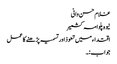
غلام حسن وانی
نیوہ پلوامہ کشمیر
اقتداء میں تعوذ اور تسمیہ پڑھنے کا عمل
جواب:۔